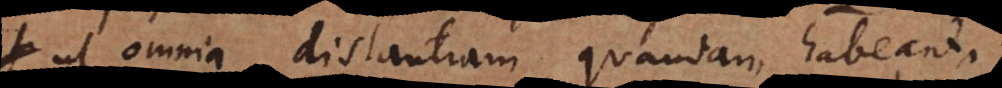
ut omnia distantiam quandam habeant.